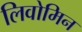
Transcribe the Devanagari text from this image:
लिवोमिन